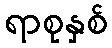
ရာစုနှစ်